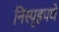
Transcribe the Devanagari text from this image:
निस्पृहपणे